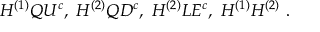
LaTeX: H ^ { ( 1 ) } Q U ^ { c } , ~ H ^ { ( 2 ) } Q D ^ { c } , ~ H ^ { ( 2 ) } L E ^ { c } , ~ H ^ { ( 1 ) } H ^ { ( 2 ) } ~ .